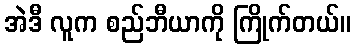
အဲဒီ လူက စည်ဘီယာကို ကြိုက်တယ်။